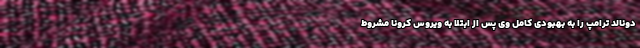
دونالد ترامپ را به بهبودی کامل وی پس از ابتلا به ویروس کرونا مشروط